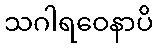
သဂါရဝေနာပိ